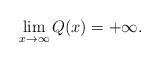
LaTeX: \begin{align*}\lim_{x \to \infty} Q(x) = +\infty.\end{align*}